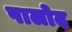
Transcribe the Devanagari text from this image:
पालोद